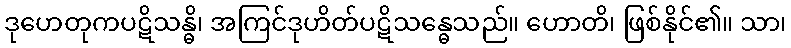
ဒုဟေတုကပဋိသန္ဓိ၊ အကြင်ဒုဟိတ်ပဋိသန္ဓေသည်။ ဟောတိ၊ ဖြစ်နိုင်၏။ သာ၊